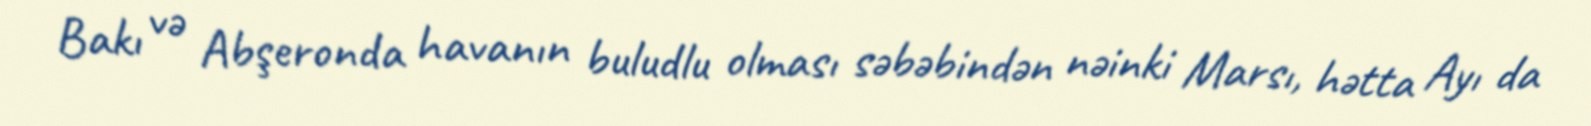
Bakı və Abşeronda havanın buludlu olması səbəbindən nəinki Marsı, hətta Ayı da